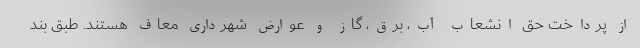
از پرداخت حق انشعاب آب، برق، گاز و عوارض شهرداری معاف هستند. طبق بند